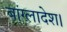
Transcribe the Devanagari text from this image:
बांग्लादेश।